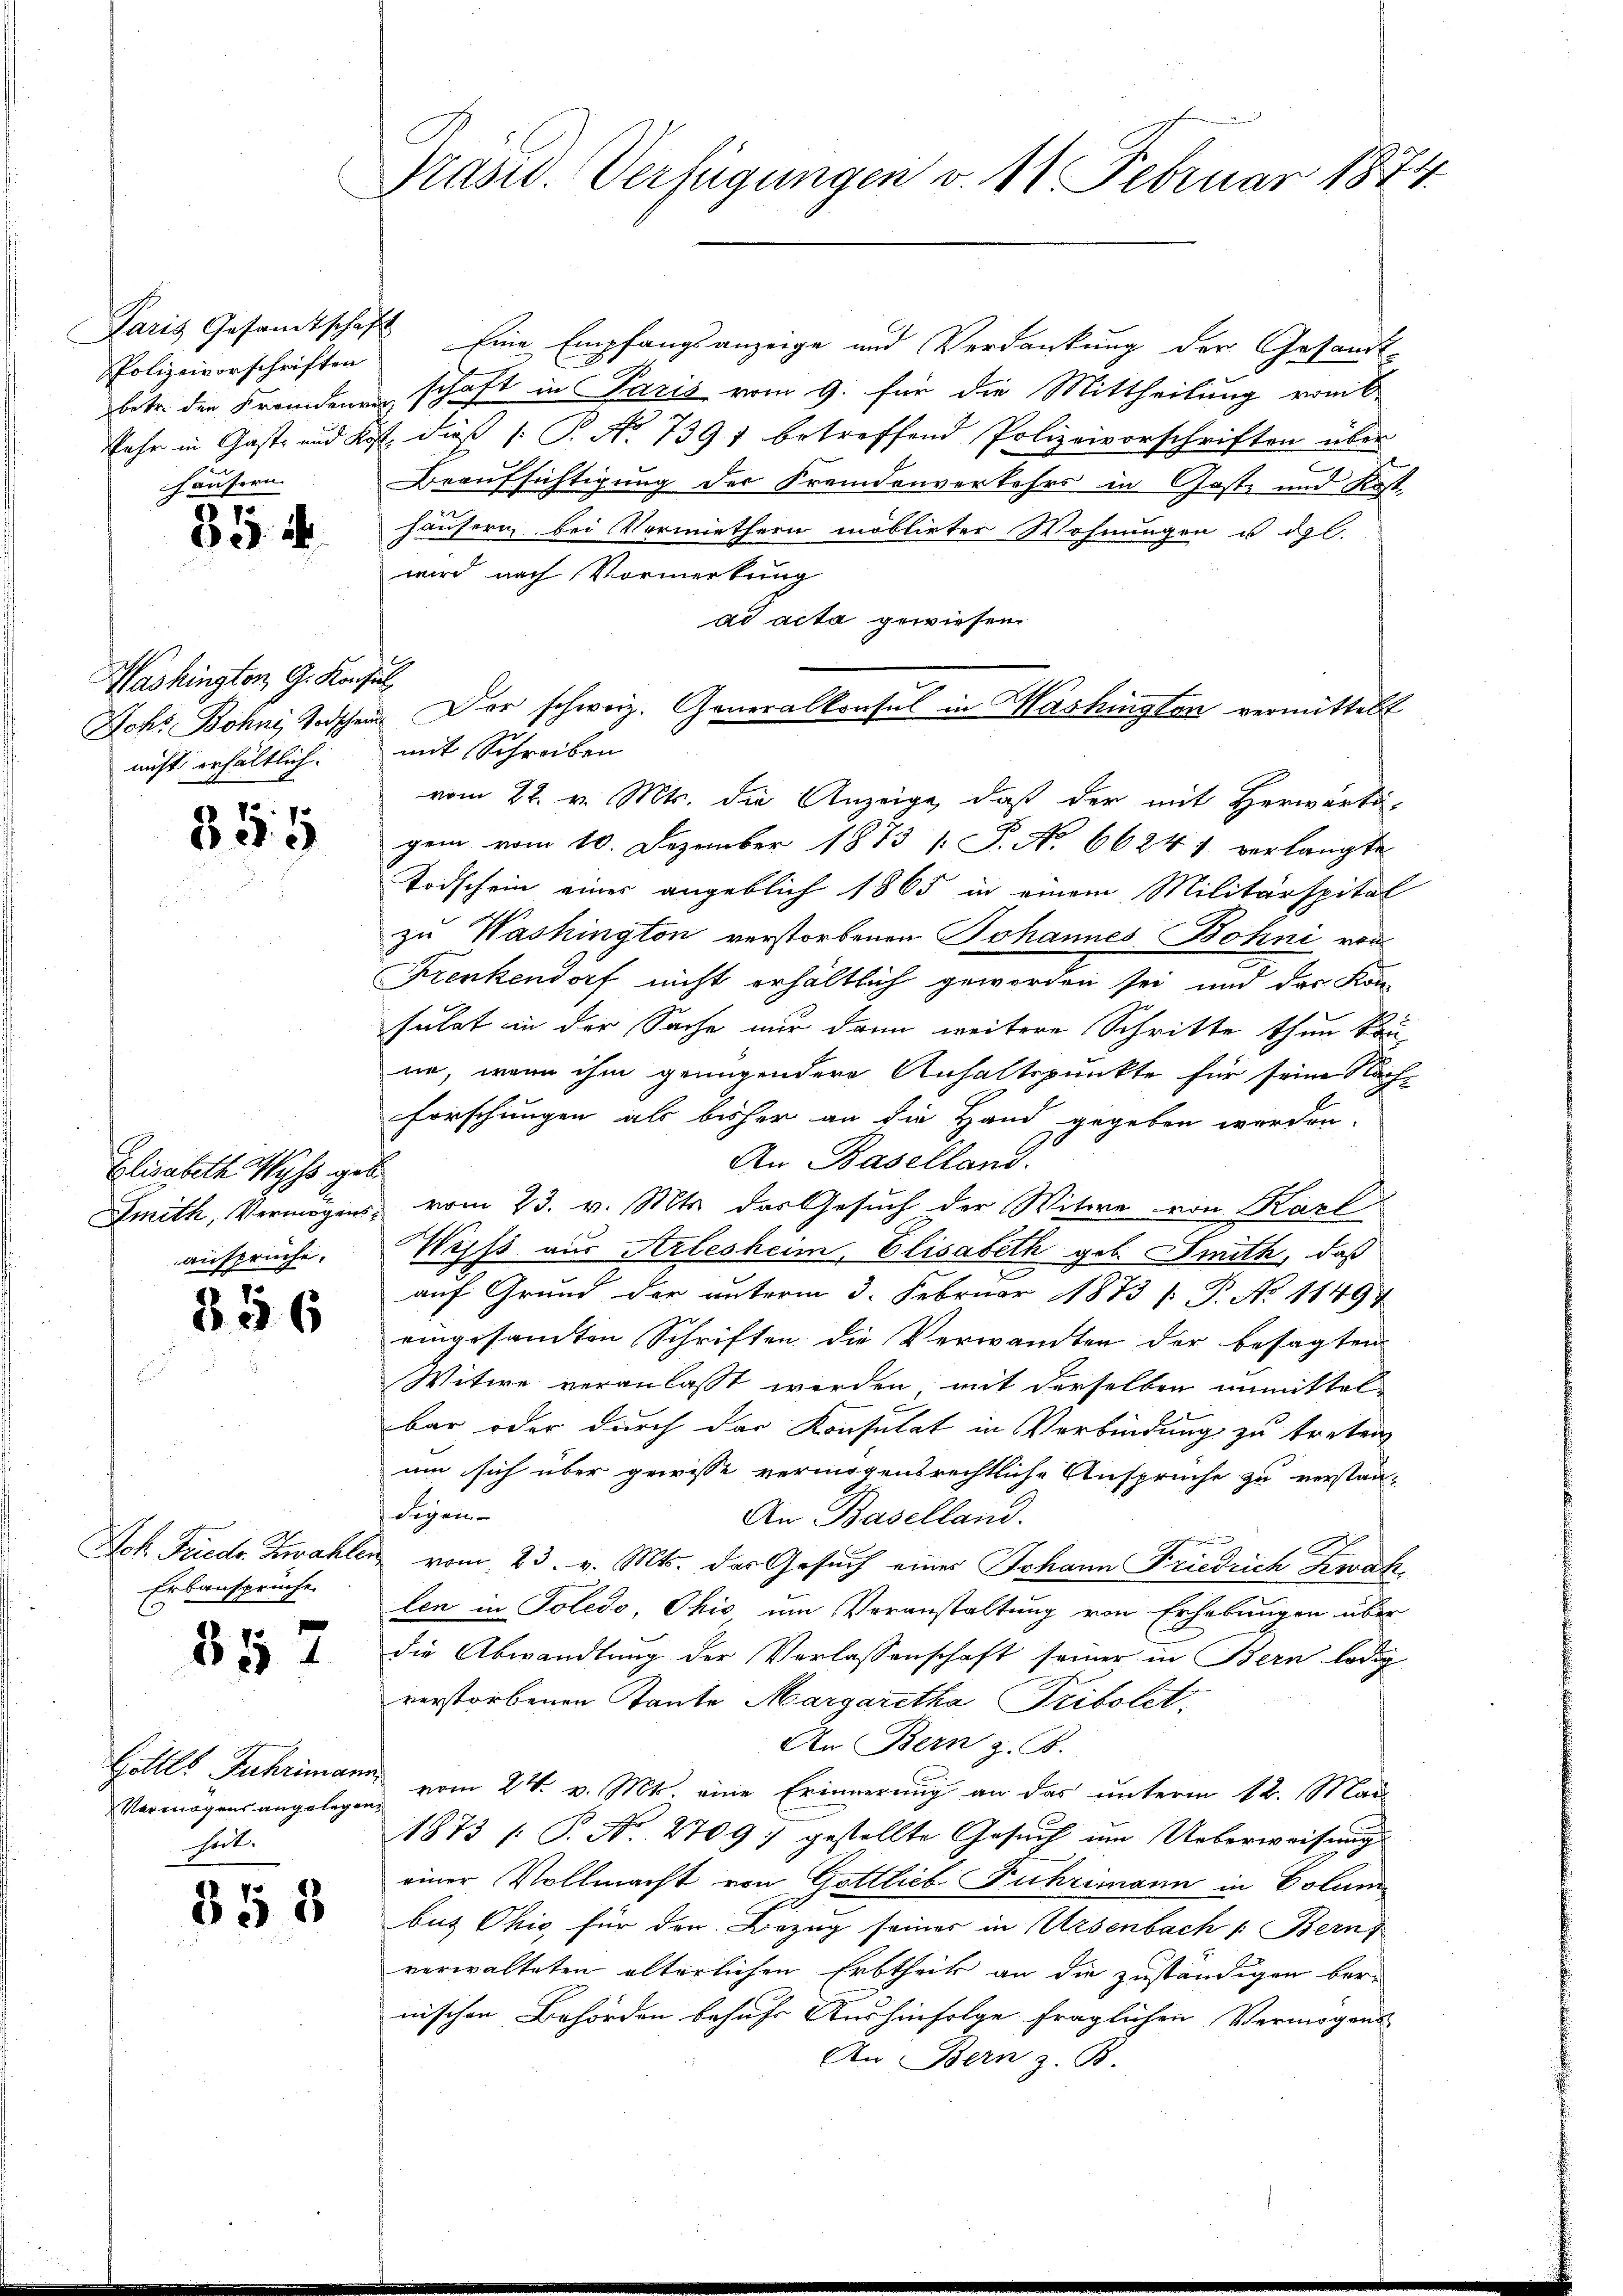
Paris Gesandtscha
Polizeivorschriften
betr. den Fremdenr
Fehr in Gaste und d
häusern.

70
8i.

Washington G. Konsen
nicht erhältlich:

355

Elisabeth Wyss gebe
Smith, Vermögensansprüche.

70
336

Joh. Frede. Zwahlen
Erbansprüche

857

Hollls Fuhriman
Vermögens angelegen
Tat.

358

Präsid. Verfügungen v. 11 Februar 1874.

h

Eine Empfangsanzeige und Verdankung der Gesandt
schaft in Paris vom 9. für die Mittheilung vom 6
1. dieß (: P. No 7391 betreffend Polizeivorschriften über
Beaufsichtigung der Fremdenverkehrs in Gaste und Kost
häuserin bei Vormiethern moblirter Wohnungen u. dgl.
wird nach Vormerkung
ad acta gewiesen
2
mit Schreiben
vom 22. v. Mts. die Anzeige, daß der mit Herwärti-
gem vom 10. Dezember 1873 [ P. No 6624 f. verlangte
Todschein eines angeblich 1865 in einem Militärspital
zu Washington verstorbenen Johannes Bohni von
Krenkendorf nicht erhältlich geworden sei, und das Kon-
sulat in der Sache nur dann weitere Schritte thun kaune, wenn ihm genügendere Anhaltspunkte für seine Nach-
Forschungen als bisher an die Hand gegeben werden.
An Baselland.
vom 23. v. Mts. das Gesuch der Witwe von Karl
Weiß aus Arlesheim, Elisabeth geb. Smith, daß
2
auf Grund der unterm 3. Februar 1873 / P. o 11491
eingesamten Schriften die Verwandten der besagten
Witwe veranlasst werden, mit derselben unmittel-
bar oder durch der Konsulat in Verbindung zu treten
um sich über gewisse vermögensrechtliche Ansprüche zu verstan-
Segen-
An Baselland.
vom 23. v. Mts. das Gesuch eines Johann Friedrich Zwah
len in Soledo, Ohio um Voranstaltung von Erhebungen über
die Abwandlung der Verlassenschaft seiner in Bern ledig
verstorbenen Tante Margaretha Tribolet,
An Bern z. B.
vom 24. v. Mts. eine Erinnerung an das unterm 12. Mai
1873 /: P. Nr. 209) gestellte Gesuch um Ueberweisungs
einer Vollmacht von Gottlieb Fuhrimann in Volum
bus Ohio für den Bezug seiner in Ursenbach u. Bern
verwalteten alterlichen Erbtheil an die zuständigen ber
nischen Behörden behufs Aushinfolge fraglichen Vermögens
An Bern z. B.

Johs. Bohne Todschen Dor schweiz. Generalkonsul in Mashingten vermittelt